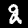
Label: 2